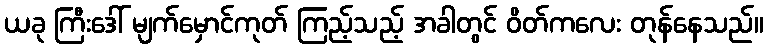
ယခု ကြီးဒေါ် မျက်မှောင်ကုတ် ကြည့်သည့် အခါတွင် ဝိတ်ကလေး တုန်နေသည်။